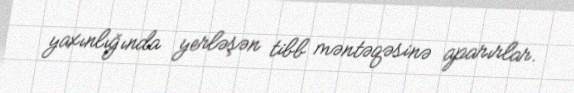
yaxınlığında yerləşən tibb məntəqəsinə aparırlar.